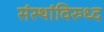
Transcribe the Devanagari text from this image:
संस्थांविरुध्द